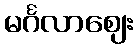
မင်္ဂလာဈေး